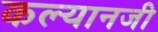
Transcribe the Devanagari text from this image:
कल्यानजी